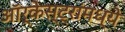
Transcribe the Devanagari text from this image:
ऑर्केस्ट्रांमध्ये